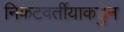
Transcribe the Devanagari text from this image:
निकटवर्तीयाकडुन